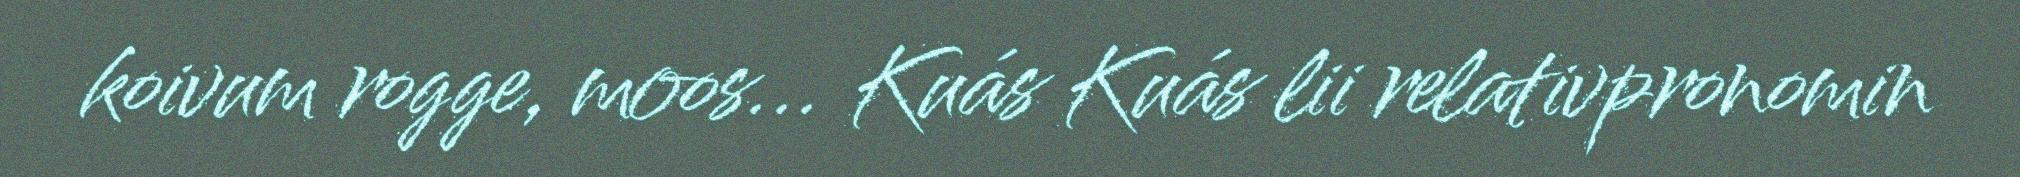
koivum rogge, moos... Kuás Kuás lii relativpronomin